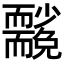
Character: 𮋢